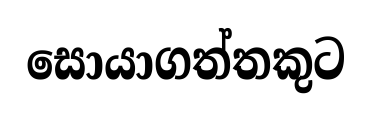
සොයාගත්තකුට